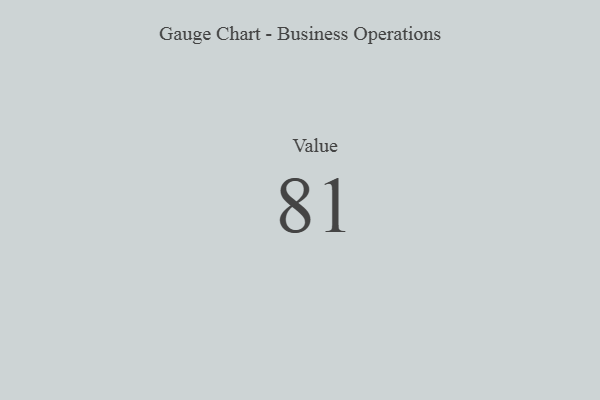
{"axis": {"x": "Metric", "y": "Value"}, "legend": [""], "data": [{"x": "Value", "y": 81, "type": ""}]}